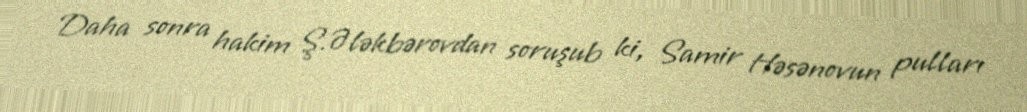
Daha sonra hakim Ş.Ələkbərovdan soruşub ki, Samir Həsənovun pulları